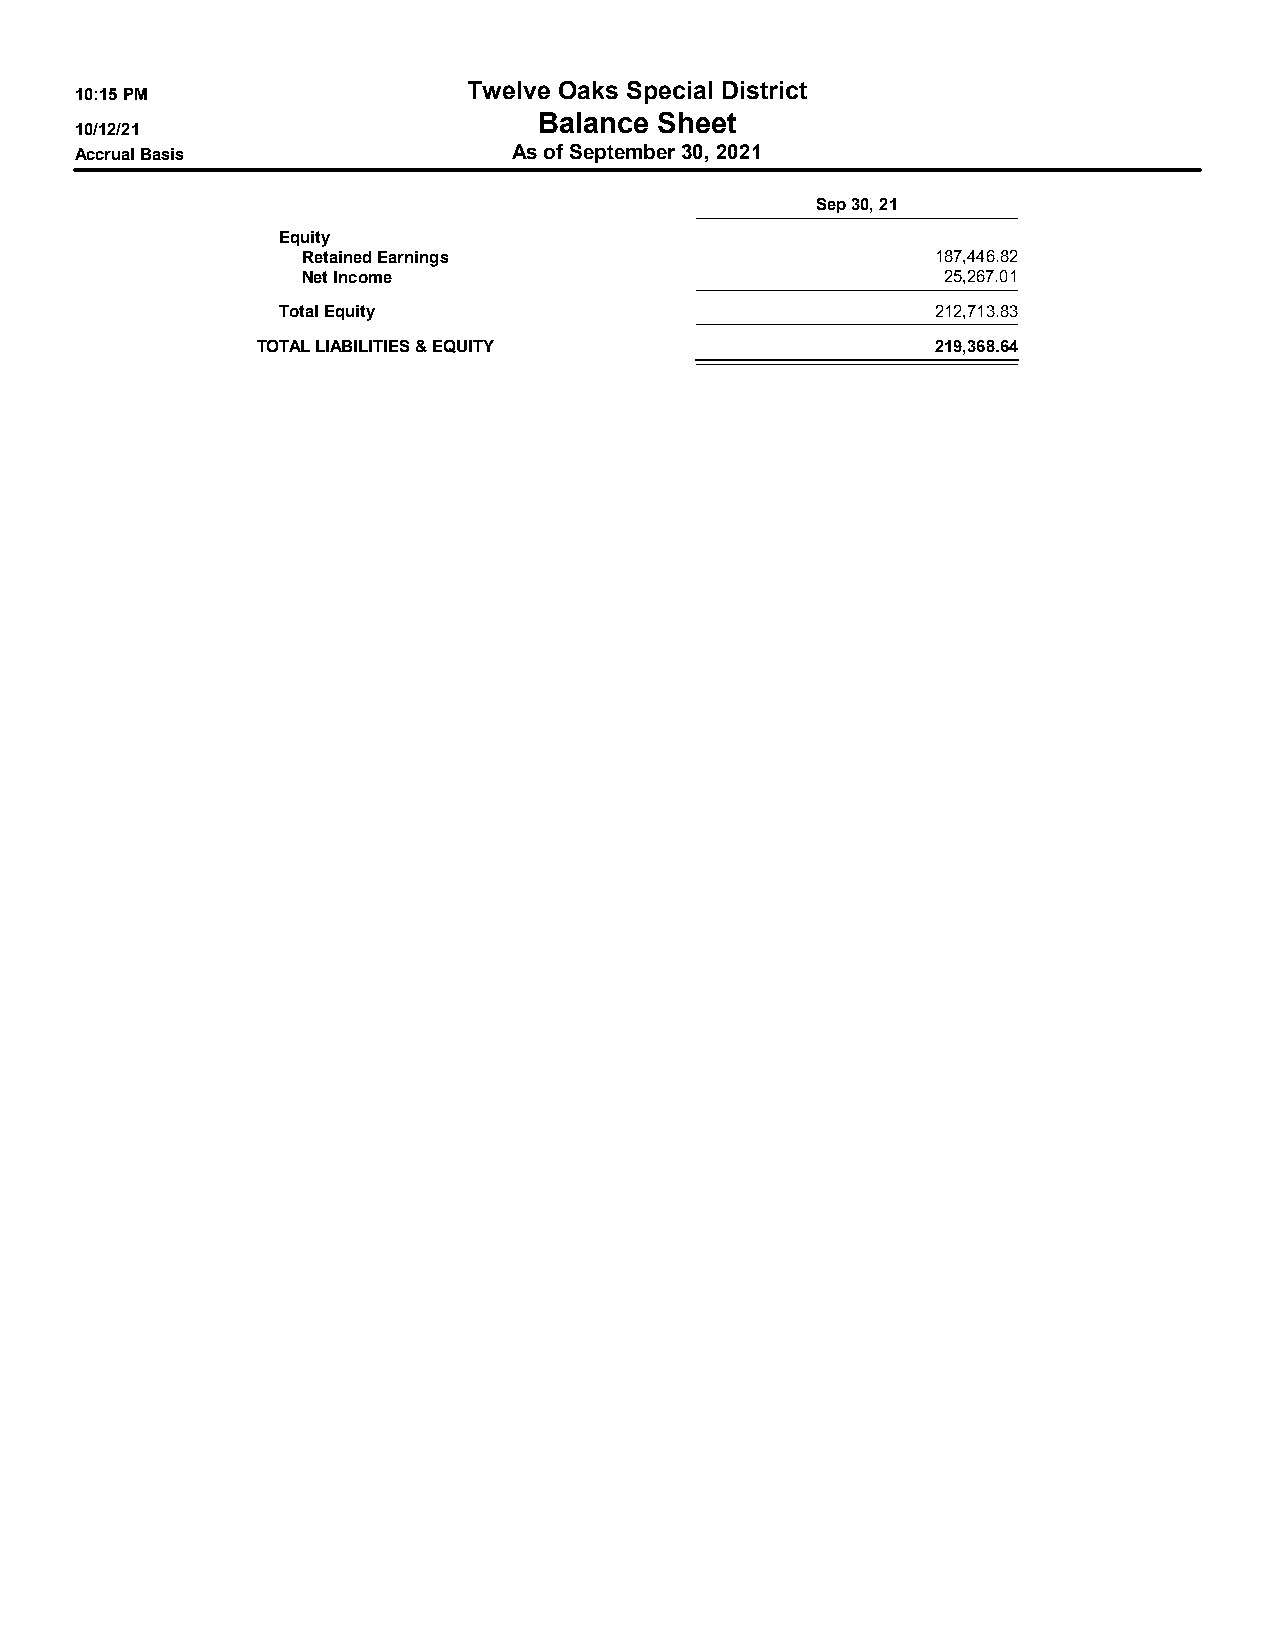
Twelve Oaks Special District
 10:15 PM
 Balance Sheet
 10/12/21
 Accrual Basis                As of September 30, 2021
 Sep 30, 21
 Equity
 Retained Earnings                         187,446.82
 Net Income                                25,267.01
 Total Equity                                212,713.83
 TOTAL LIABILITIES & EQUITY                   219,368.64